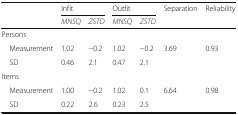
<table><thead><tr><td rowspan="2"></td><td colspan="2"><b>Infit</b></td><td colspan="2"><b>Outfit</b></td><td><b>Separation</b></td><td><b>Reliability</b></td></tr><tr><td><b><i>MNSQ</i></b></td><td><b><i>ZSTD</i></b></td><td><b><i>MNSQ</i></b></td><td><b><i>ZSTD</i></b></td><td></td><td></td></tr></thead><tbody><tr><td colspan="6">Persons</td><td></td></tr><tr><td> Measurement</td><td>1.02</td><td>−0.2</td><td>1.02</td><td>−0.2</td><td rowspan="2">3.69</td><td rowspan="2">0.93</td></tr><tr><td> SD</td><td>0.46</td><td>2.1</td><td>0.47</td><td>2.1</td></tr><tr><td colspan="6">Items</td><td></td></tr><tr><td> Measurement</td><td>1.00</td><td>−0.2</td><td>1.02</td><td>0.1</td><td rowspan="2">6.64</td><td rowspan="2">0.98</td></tr><tr><td> SD</td><td>0.22</td><td>2.6</td><td>0.23</td><td>2.5</td></tr></tbody></table>